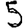
Digit: 5